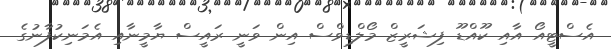
އެސްޓީއޯ އާއި ކޫއްޑޫ ފިޝަރީޒް މޯލްޑިވްސް އިން ވަނީ ރައީސް ޔާމީނާއި އެމަނިކުފާނުގެ